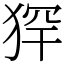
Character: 𤞶